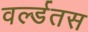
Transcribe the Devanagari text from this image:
वर्ल्डतस